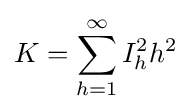
K=\sum _{h=1}^{\infty }I_{h}^{2}h^{2}